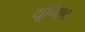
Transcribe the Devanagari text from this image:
यूनिएट